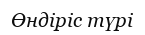
Өндіріс түрі